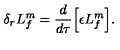
\delta _ { r } L _ { f } ^ { m } = \frac { d } { d \tau } \Bigl [ \epsilon L _ { f } ^ { m } \Bigr ] .